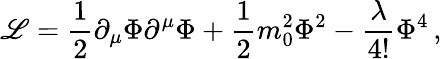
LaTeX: {\cal\mathscr{L}}=\frac{{1}}{{2}}\partial_{\mu}\Phi\partial^{\mu}\Phi+\frac{{1}}{{2}}m_{0}^{2}\Phi^{2}-\frac{{\lambda}}{{4!}}\Phi^{4}\, ,